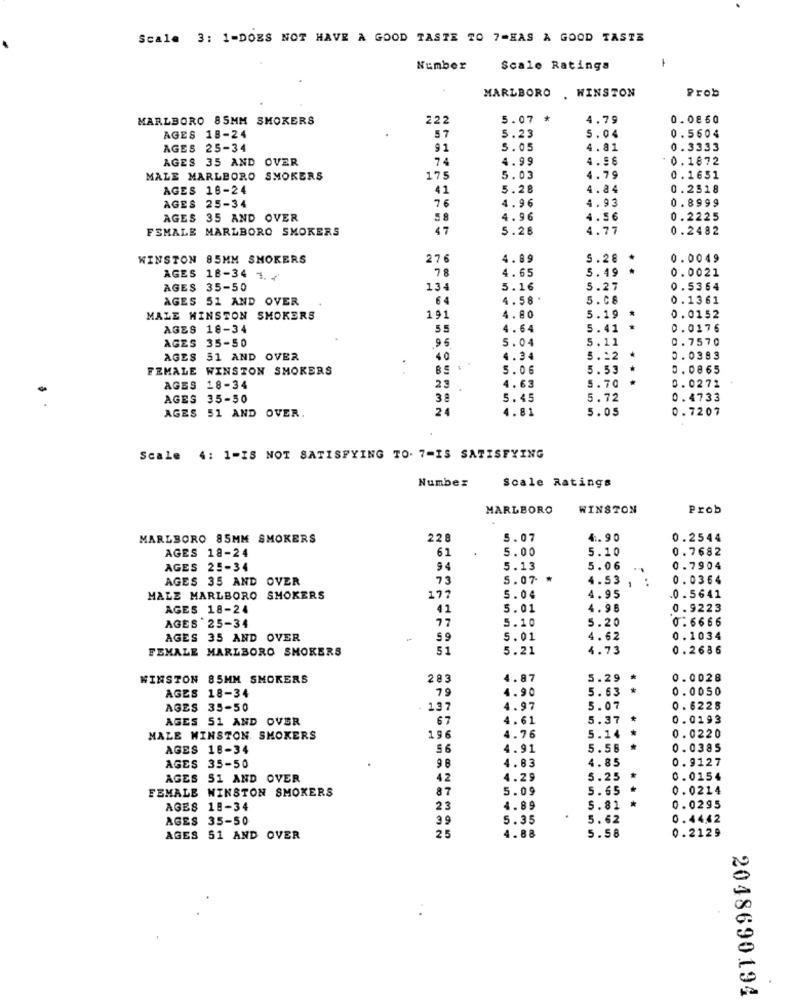
Scale 3: 1-DOES NOT HAVE A GOOD TASTE TO 7-HAS A GOOD TASTE
-
Number
Scale Ratings
MARLBORO . WINSTON
Prob
MARLBORO 85MM SMOKERS
222
5.07
*
4.79
0.0860
AGES 18-24
57
5.23
5.04
0.5604
AGES 25-34
91
5.05
4.81
0.3333
AGES 35 AND OVER
74
4.99
0.1872
MALE MARLBORO SMOKERS
17
5.03
4.79
0.1651
AGES 16-24
41
5.28
4.84
0.2518
AGES 25-34
4.93
0.8999
76
4.96
AGES 35 AND OVER
5 8
4.96
4.56
0.2225
FEMALE MARLBORO SMOKERS
47
5.28
4.77
0.2482
WINSTON 85MM SMOKERS
276
4.89
5.28
0.0049
78
4.65
5.49 *
0.0021
AGES 18-34 1.7
AGES 35-50
134
5.16
5.27
0.5364
AGES 51 AND OVER
64
4.58
5.08
0.1361
MALE MINSTON SMOKERS
191
4. 80
5.19
0.0152
AGES 18-34
5.5
4.64
5.41 *
0.0176
AGES 35-50
.9 6
5.04
5.11
0.7570
AGES 51 AND OVER
40
4.34
5.12 *
0.0383
FEMALE WINSTON SMOKERS
5.06
5.53 *
0.0865
5.70
AGES 18-34
29
4.63
0.0272
AGES 35-50
38
5.45
5.72
0.4733
AGES 51 AND OVER.
24
4.81
5.05
0.7207
Scale 4: 1-IS NOT SATISFYING TO. 7-IS SATISFYING
Number
Scale Ratings
MARLBORO
WINSTON
Prob
MARLBORO 85MM SMOKERS
228
5.07
4.90
0.2544
AGES 18-24
61
5.00
5.10
0.7682
AGES 25-34
94
5.13
5.06
0.7904
AGES 35 AND OVER
73
5.07.
..
0.0364
177
4.53 ,
MALE MARLBORO SMOKERS
5.04
4.95
0.5641
AGES 18-24
41
5.01
4.96
0.9223
77
0.6666
AGES 25-34
5.10
5.20
AGES 35 AND OVER
-
$9
5.01
4.62
0.1034
FEMALE MARLBORO SMOKERS
51
5.21
4.73
0.2686
WINSTON 85MM SMOKERS
283
4.87
5.29
0.0028
AGES 18-34
79
4.90
5.63 *
0.0050
AGES 35-50
137
4.97
5.07
0. 6228
AGES 51 AND OVER
67
4.61
5.37
0.0193
MALE WINSTON. SMOKERS
196
4.76
5.14 *
0.0220
AGES 18-34
56
4.91
5.58
0.0385
AGES 35-50
4.83
0.9127
96
4.85
AGES 51 AND OVER
42
4.29
5.25 *
0.0154
FEMALE WINSTON SMOKERS
87
5.09
5.65 *
0.0214
AGES 18-34
23
4.89
5.81 *
0.0295
AGES 35-50
39
5.35
5.62
0.4442
0.2129
AGES 51 AND OVER
25
4. 88
5.58
2048690194